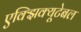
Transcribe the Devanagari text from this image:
एक्झिक्यूटेबल